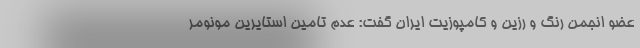
عضو انجمن رنگ و رزین و کامپوزیت ایران گفت: عدم تامین استایرین مونومر